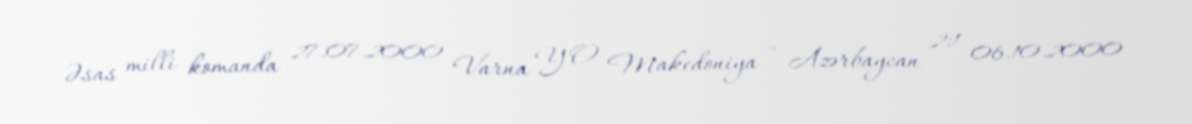
Əsas milli komanda 27.07.2000 Varna YO Makedoniya – Azərbaycan 2:1 06.10.2000